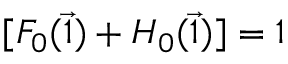
[ F _ { 0 } ( \vec { 1 } ) + H _ { 0 } ( \vec { 1 } ) ] = 1